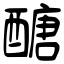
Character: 醣